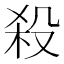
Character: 殺